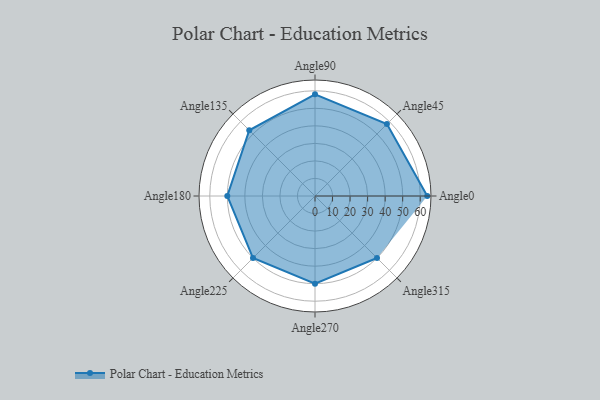
{"axis": {"x": "Angle", "y": "Radius"}, "legend": [""], "data": [{"x": "Angle0", "y": 64.0, "type": ""}, {"x": "Angle45", "y": 58.0, "type": ""}, {"x": "Angle90", "y": 58.0, "type": ""}, {"x": "Angle135", "y": 53.0, "type": ""}, {"x": "Angle180", "y": 50, "type": ""}, {"x": "Angle225", "y": 50, "type": ""}, {"x": "Angle270", "y": 50, "type": ""}, {"x": "Angle315", "y": 50, "type": ""}]}